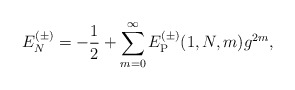
\begin{align*}E_N^{(\pm)} = - {1\over 2} + \sum_{m = 0}^\infty E_{\rm P}^{(\pm)}(1, N, m) g^{2m},\end{align*}